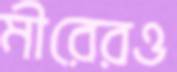
মীরেরও